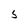
Character: 5